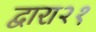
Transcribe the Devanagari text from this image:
द्वारा२१